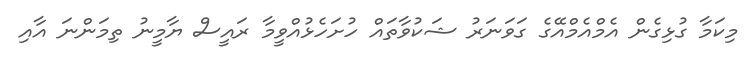
މިކަމާ ގުޅިގެން އެމްއެމްއޭގެ ގަވަނަރު ޝަކުވާތައް ހުށަހެޅުއްވީމާ ރައީސް ޔާމީނު ތިމަންނަ އާއި